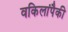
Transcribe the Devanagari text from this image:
वकिलांपैकी